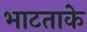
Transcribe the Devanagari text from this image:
भाटताके